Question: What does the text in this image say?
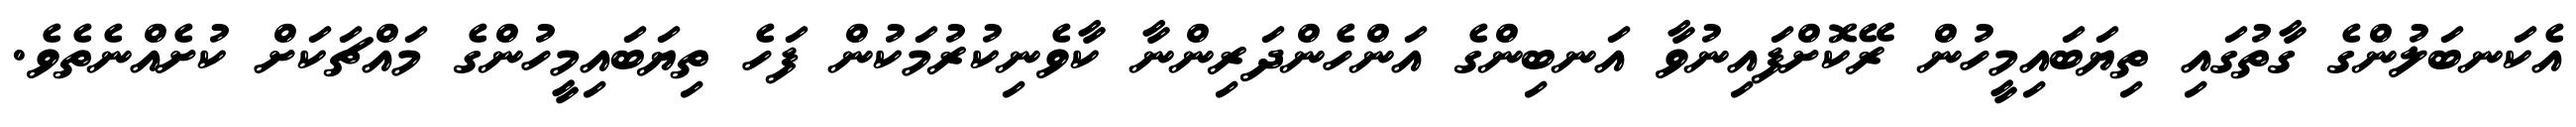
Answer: އެކަނބަލުންގެ ގާތުގައި ތިޔަބައިމީހުން ރޭކޮށްފައިނުވާ އަނބިންގެ އަންހެންދަރިންނާ ކާވެނިކުރުމަކުން ފަހެ ތިޔަބައިމީހުންގެ މައްޗަކަށް ކުށެއްނެތެވެ.